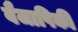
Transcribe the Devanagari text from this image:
वैजापिकी